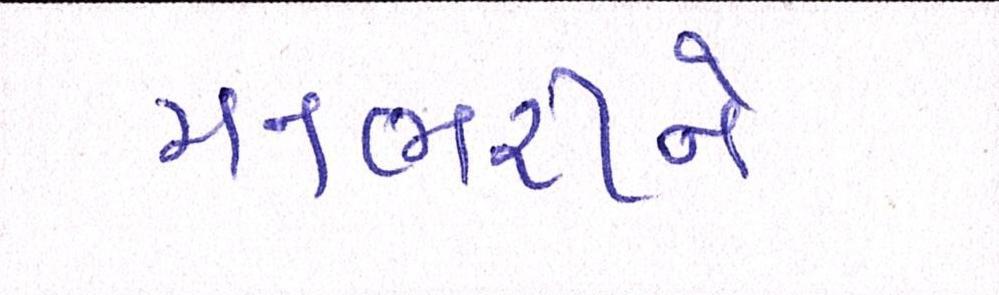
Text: મનભરીને